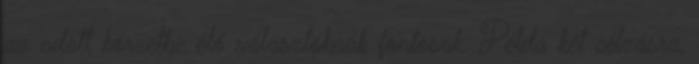
az adott körzetbe élő választóknak fontosak. Példa két célzásra,